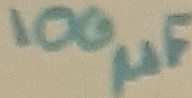
Text: 100µF